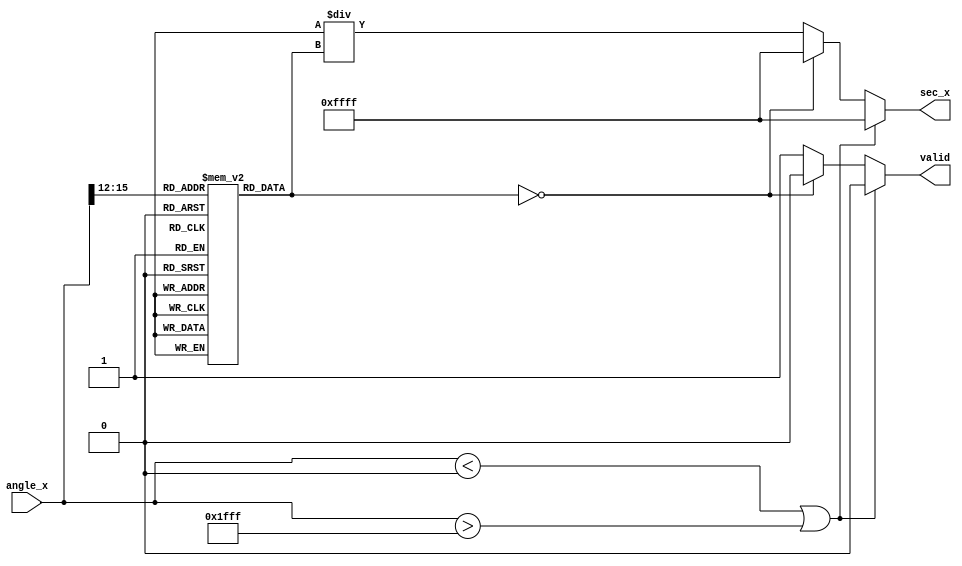
module SecantCalculator (
    input  wire [15:0] angle_x,      // Input angle in fixed-point representation (e.g., 16.16 format)
    output reg  [15:0] sec_x,         // Output secant value in fixed-point representation
    output reg  valid                 // Valid output flag
);

    // Define parameters for the cosine lookup table (for simplicity, assuming 16 discrete values)
    // Values are precomputed cosine values at predefined angles in radians (scaled)
    reg [15:0] cos_lut[0:15]; 

    // Initialization of LUT with cos values (scaled to 16.16) - example values
    initial begin
        cos_lut[0] = 16'h0001; // cos(0) = 1
        cos_lut[1] = 16'h0B8D; // cos(/12) approx = 0.9659 scaled to fixed-point
        cos_lut[2] = 16'h0F6E; // cos(/6) approx = 0.8660 scaled to fixed-point
        cos_lut[3] = 16'h1C20; // cos(/4) approx = 0.7071 scaled to fixed-point
        cos_lut[4] = 16'h1FFF; // cos(/3) approx = 0.5000 scaled to fixed-point
        cos_lut[5] = 16'h20A2; // cos(5/12) approx = 0.2588 scaled to fixed-point
        cos_lut[6] = 16'h0000; // cos(/2) = 0 (undefined secant)
        // Fill in the remaining values...
        // cos_lut[7] = ... (cos angles...)
        // cos_lut[8] = ... 
    end

    reg [15:0] cos_x; // To hold computed cosine value

    // Compute sec(x)
    always @(*) begin
        valid = 1'b1; // default valid
        // Normalize angle to LUT index (simple implementation)
        if(angle_x < 16'h0000 || angle_x > 16'h1FFF) begin // Ensure within 0 to /2
            sec_x = 16'hFFFF; // Error code for out-of-range
            valid = 1'b0;
        end else begin
            // Look up cosine value based on processed angle
            // This simple example assumes angle_x directly maps to indices
            // In practice, you would scale angle_x to index or use a more complex mapping
            cos_x = cos_lut[angle_x[15:12]]; // Simple LUT access (you would need to manage indexing properly)

            // Check for division by zero
            if(cos_x == 16'h0000) begin
                sec_x = 16'hFFFF; // Undefined, return an error code
                valid = 1'b0;
            end else begin
                // Calculate secant: sec(x) = 1/cos(x)
                // Here using a simple division by multiplying with 1/value
                sec_x = 16'h00010000 / cos_x; // 1 << 16 = Fixed point 1
            end
        end
    end

endmodule